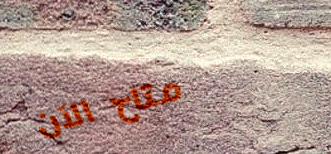
متاح الآن